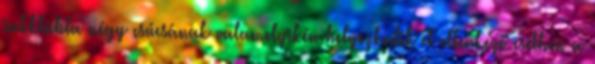
sakktábla négy csúcsának valamelyikén helyezkedik el ellenkező esetben a